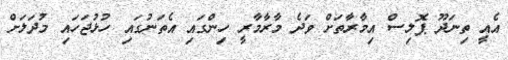
އެއީ ތިނަދޫ ޕޮލިސް އިމާރާތަށް ވަދެ މާރާމާރީ ހިންގައި އެތަނުގައި ހުޅުޖަހައި މުދަލަށް